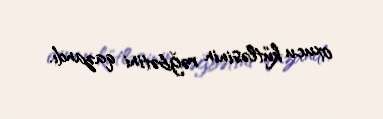
oxucu kütləsinin rəğbətini qazandı.